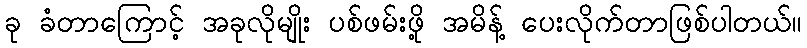
ခု ခံတာကြောင့် အခုလိုမျိုး ပစ်ဖမ်းဖို့ အမိန့် ပေးလိုက်တာဖြစ်ပါတယ်။